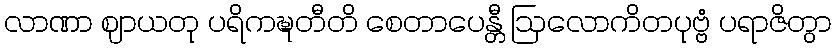
လာဏာ ဈာယတု ပရိကဍ္ဎတီတိ စေတာပေန္တီ ဩလောကိတပုဗ္ဗံ ပရာဇိတွာ